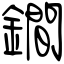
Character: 鐧